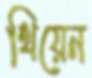
থিয়েন